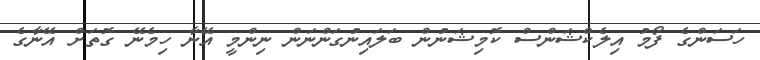
ހަސަންގެ ފޯމު އިލެކްޝަންސް ކޮމިޝަނުން ބަލައިނުގަންނަން ނިންމީ އޭނާ ހިމެނޭ ގޮތަށް އޭނާގެ